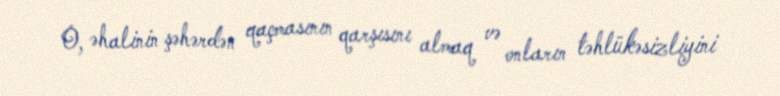
O, əhalinin şəhərdən qaçmasının qarşısını almaq və onların təhlükəsizliyini